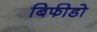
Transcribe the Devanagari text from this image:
बिफीडो